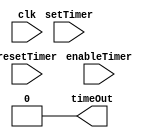
module timer (input clk,input [5:0]setTimer,input enableTimer,input resetTimer,output timeOut);

assign timeOut = 1'b0;
endmodule